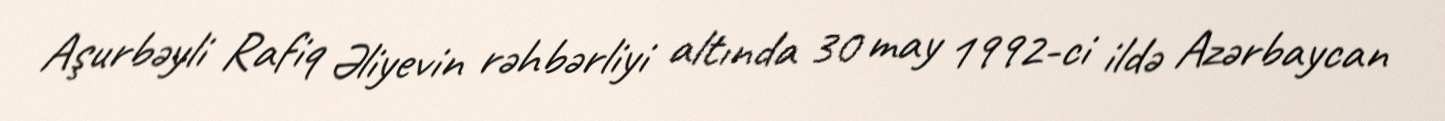
Aşurbəyli Rafiq Əliyevin rəhbərliyi altında 30 may 1992-ci ildə Azərbaycan